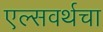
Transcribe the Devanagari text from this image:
एल्सवर्थचा